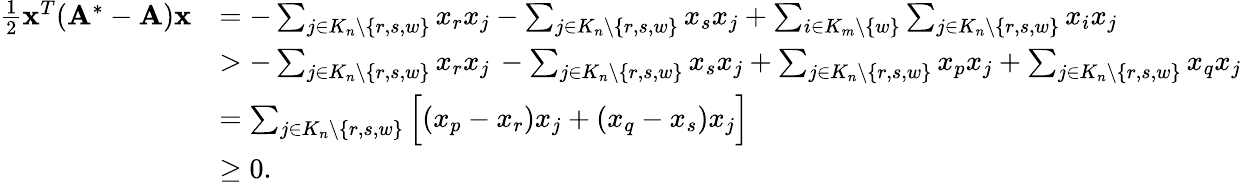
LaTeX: \begin{array}{rl}{\frac{1}{2}\mathbf{x}^{T}(\mathbf{A}^{*}-\mathbf{A})\mathbf{x}}&{=-\sum_{j\in K_{n}\setminus\{ r,s,w\} }x_{r}x_{j}-\sum_{j\in K_{n}\setminus\{ r,s,w\} }x_{s}x_{j}+\sum_{i\in K_{m}\setminus\{ w\} }\sum_{j\in K_{n}\setminus\{ r,s,w\} }x_{i}x_{j}}\\ &{>-\sum_{j\in K_{n}\setminus\{ r,s,w\} }x_{r}x_{j}\, -\sum_{j\in K_{n}\setminus\{ r,s,w\} }x_{s}x_{j}+\sum_{j\in K_{n}\setminus\{ r,s,w\} }x_{p}x_{j}+\sum_{j\in K_{n}\setminus\{ r,s,w\} }x_{q}x_{j}}\\ &{=\sum_{j\in K_{n}\setminus\{ r,s,w\} }\Big[(x_{p}-x_{r})x_{j}+(x_{q}-x_{s})x_{j}\Big]}\\ &{\ge 0.}\end{array}